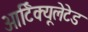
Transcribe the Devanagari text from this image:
आर्टिक्यूलेटेड